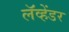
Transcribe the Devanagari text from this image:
लॅव्हेंडर